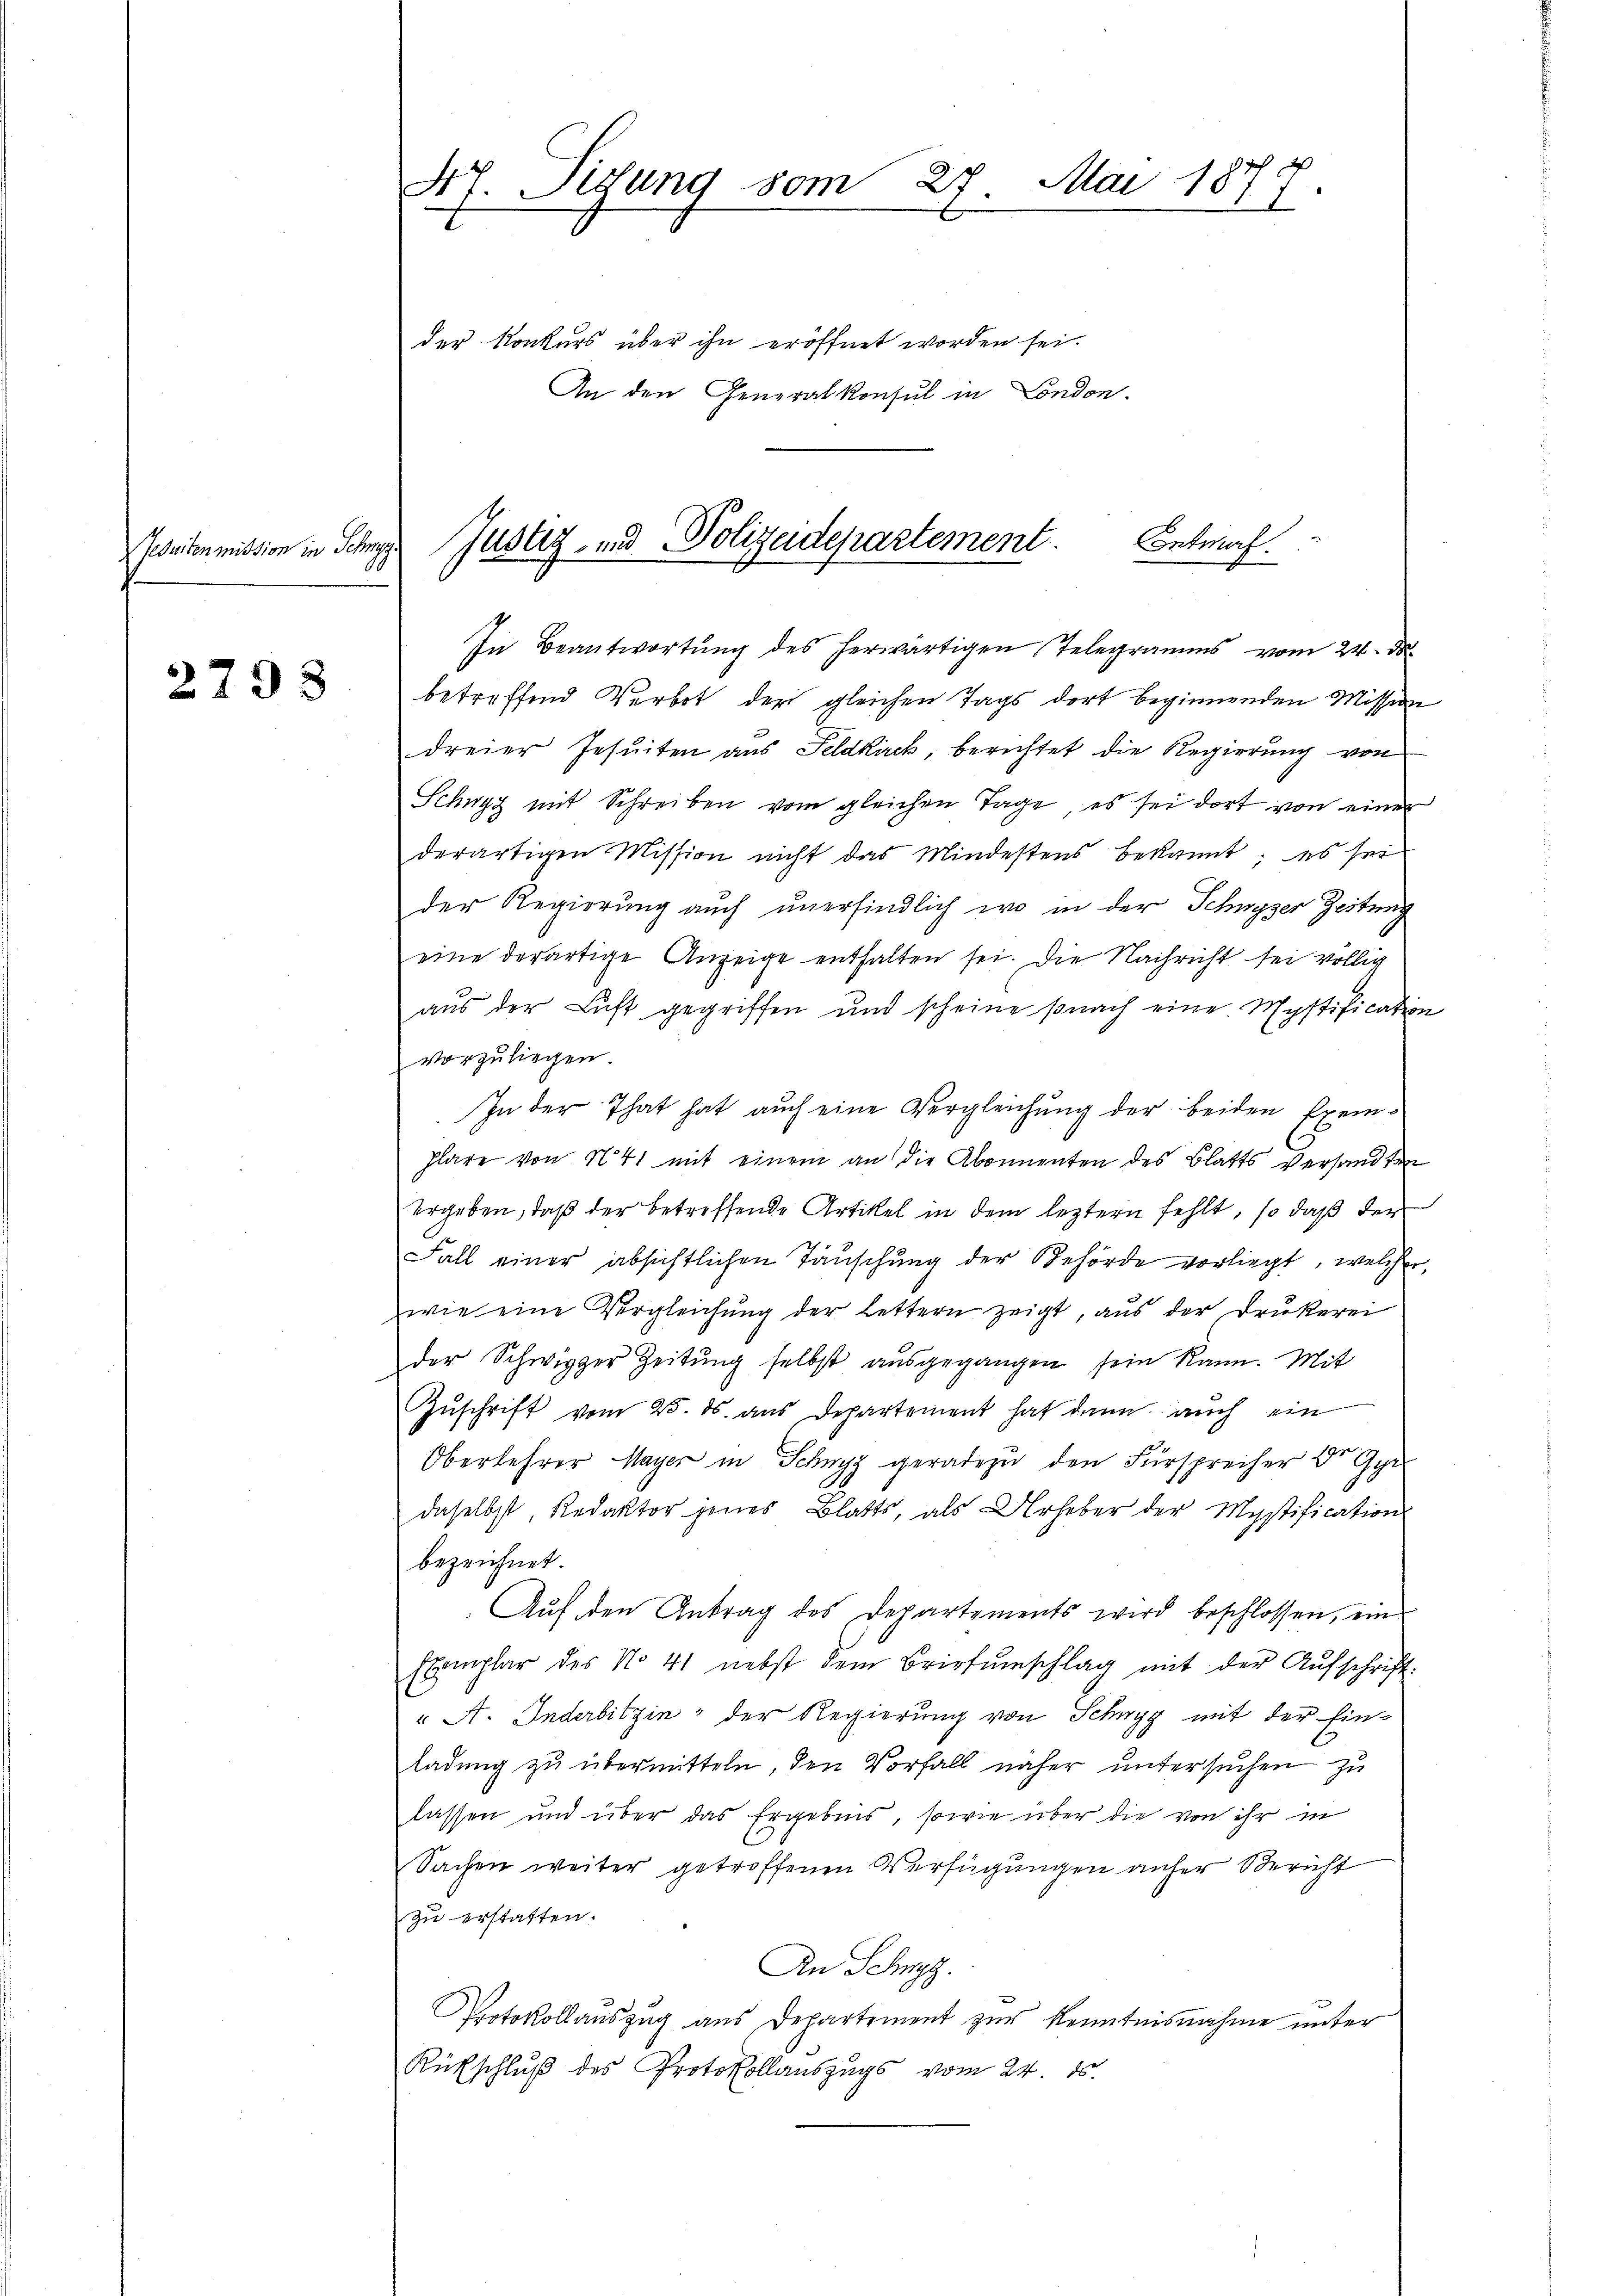
eduiten mission in Schny.

2793

47. Sigung vom 27. Mai 1878.

der Konkurs über ihn eröffnet worden sei.
An den Generalkonsul in London.

Entwurf.
Justiz- und Polizeidepartement.

In Beantwortung des herwärtigen Telegramms vom 24. d.
betreffend Verbot der gleichen Tags dort beginnenden Mission
dreier Jesuiten aus Feldkirck, berichtet die Regierung von
Schwyz mit Schreiben vom gleichen Tage, es sei dort von einer
derartigen Mission nicht das Mindestens bekannt; es sei
der Regierung auch unerfindlich wo in der Schwyzer Zeitung
eine derartige Anzeige enthalten sei. Die Nachricht sei völlig
aŭs der Luft gegriffen und scheine sonach eine Mystification
vorzuliegen.
In der That hat auch eine Vergleichung der beiden Exem¬
Plare von N. 41 mit einem an die Abonnenten des Blatts versandten
ergeben, daß der betreffende Artikel in dem leztern fehlt, so daß der
Fall einer absichtlichen Täuschung der Behörde vorliegt, welcher
wie eine Vergleichŭng der Lettern zeigt, aus der Drukerei
der Schwyzer Zeitung selbst ausgegangen sein kann. Mit
Zuschrift vom 25. ds. aus Departement hat dann auch ein
d
Oberkehrer Mayer in Schwyz geradezu den Fürsprecher Dr. Gyr
daselbst, Redaktor jenes Blatts, als Urheber der Mystification
bezeichnet.
Auf den Antrag des Departements wird beschlossen, ein
Exemplar des No. 41 nebst dem Briefŭmschlag mit der Aŭfschrift-
 A. Inderbitzin der Regierung von Schwyz mit der Ein-
ladung zu übermitteln, den Vorfall näher untersuchen zu
lassen und über das Ergebnis, sowie über die von ihr in
Sachen weiter getroffenen Verfügungen anher Bericht
zu erstatten.
An Schwyz.
Protokollauszug aus Departement zur Kenntnisnahme unter
Rütschluß des Protokollauszugs vom 24. ds.